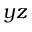
y z